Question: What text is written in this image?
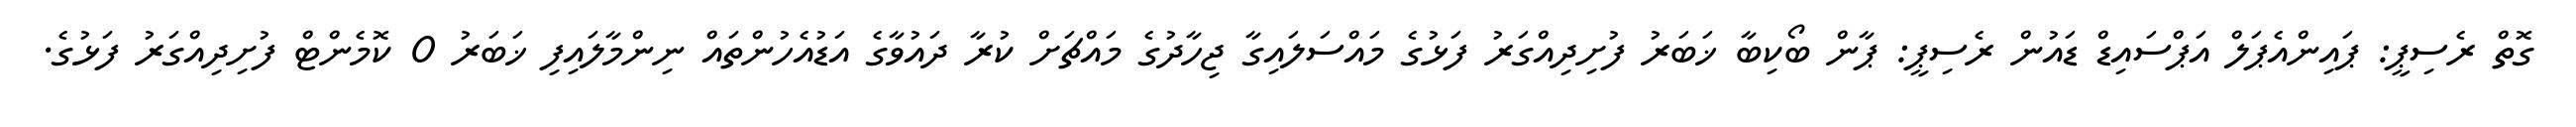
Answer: ގޮތް ރެސިޕީ: ޕައިންއެޕަލް އަޕްސައިޑް ޑައުން ރެސިޕީ: ޕާން ބޯކިބާ ޚަބަރު ފުށިދިއްގަރު ފަޅުގެ މައްސަލައިގާ ޖިހާދުގެ މައްޗަށް ކުރާ ދައުވާގެ އަޑުއެހުންތައް ނިންމާލައިފި ޚަބަރު 0 ކޮމެންޓް ފުށިދިއްގަރު ފަޅުގެ.